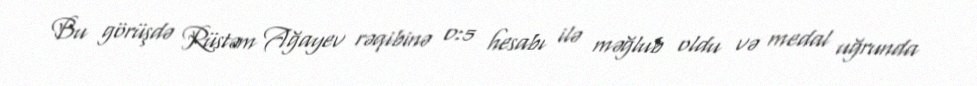
Bu görüşdə Rüstəm Ağayev rəqibinə 0:5 hesabı ilə məğlub oldu və medal uğrunda